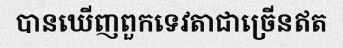
បានឃើញពួកទេវតាជាច្រើនឥត